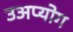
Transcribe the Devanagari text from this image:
उअप्योग